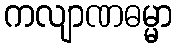
ကလျာဏဓမ္မာ